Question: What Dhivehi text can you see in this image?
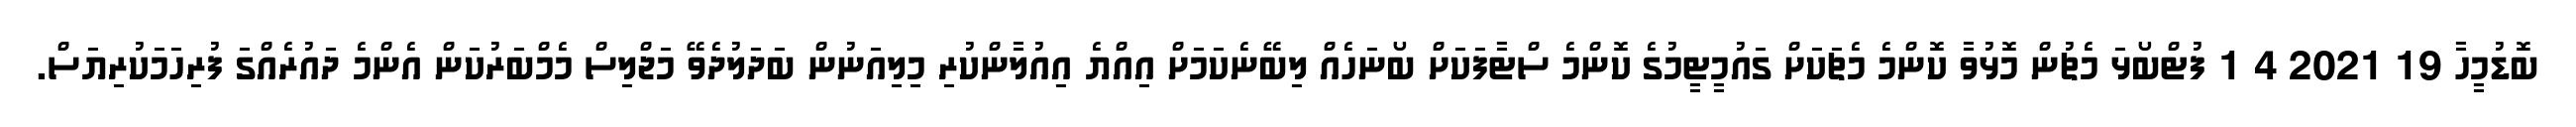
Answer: ބޮޑުމީހާ 19 2021 4 1 ފުޓްބޯޅަ މެޗުން މޮޅުވާ ކޮންމެ މެޗަކަށް ގައުމީޓީމުގެ ކޮންމެ ސްޓާފަކަށް ބޯނަހެއް ލިބޭނެކަމަށް އިއްޔެ އިއުލާންކުރި މިލިއަނުން ބަދަލުދެވޭ މަޖްލިސް މެމްބަރުކަން އެންމެ ދައުރެއްގަ ފުރިހަމަކުރިޔަސް.